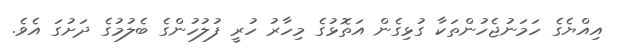
އިއްޔެގެ ހަމަނުޖެހުންތަކާ ގުޅިގެން އަތޮޅުގެ މިހާރު ހުރީ ފުލުހުންގެ ބެލުމުގެ ދަށުގަ އެވެ.